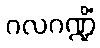
ဂလဂဏ္ဍိံ